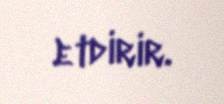
etdirir.